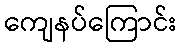
ကျေနပ်ကြောင်း